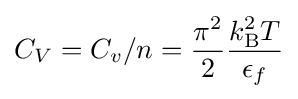
C_{V}=C_{v}/n={\frac {\pi ^{2}}{2}}{\frac {k_{\rm {B}}^{2}T}{\epsilon _{f}}}